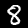
Digit: 8